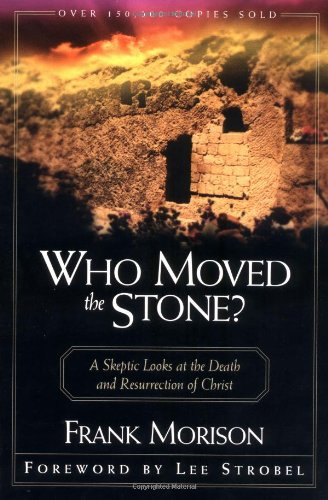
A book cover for Who Moved the Stone?; Frank Morison; Christian Books & Bibles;